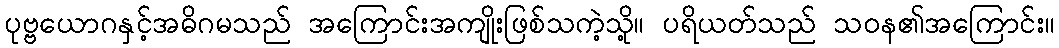
ပုဗ္ဗယောဂနှင့်အဓိဂမသည် အကြောင်းအကျိုးဖြစ်သကဲ့သို့။ ပရိယတ်သည် သဝန၏အကြောင်း။